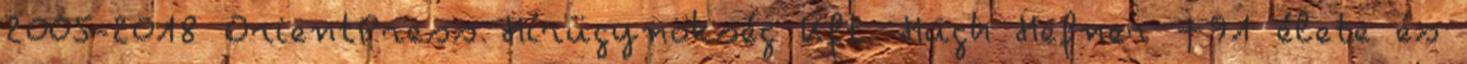
2005-2018 OrientPress Hírügynökség Kft. Hugh Hefner ✝91 élete és